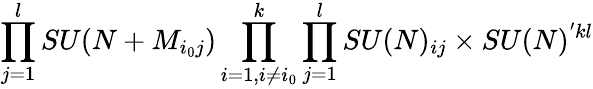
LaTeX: \prod_{j=1}^{l}SU(N+M_{i_{0}j})\prod_{i=1,i\ne i_{0}}^{k}\prod_{j=1}^{l}SU(N)_{ij}\times SU(N)^{'kl}